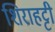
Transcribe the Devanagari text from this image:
शिराहट्टी